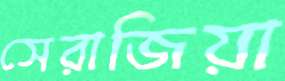
সেরাজিয়া